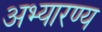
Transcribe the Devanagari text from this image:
अभ्यारण्य